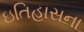
ઇતિહાસના